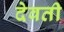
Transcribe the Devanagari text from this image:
देवती